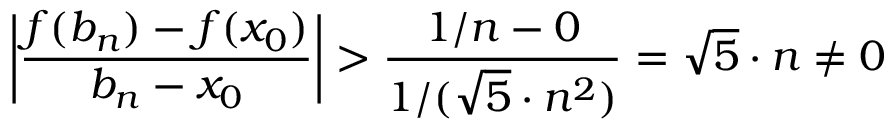
\left| { \frac { f ( b _ { n } ) - f ( x _ { 0 } ) } { b _ { n } - x _ { 0 } } } \right| > { \frac { 1 / n - 0 } { 1 / ( { \sqrt { 5 } } \cdot n ^ { 2 } ) } } = { \sqrt { 5 } } \cdot n \neq 0